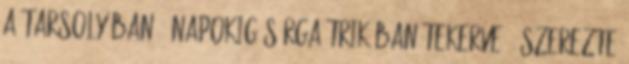
a tarsolyában – napokig sárga trikóban tekerve – szerezte